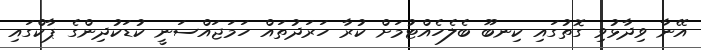
އޭނާ ވިދާޅުވި ގޮތުގައި ކިނބޫ ބެލެހެއްޓުމަށް ކުރާ ހަރަދުތައް ހަމަޖައްސަނީ ކުޑަކުދިންގެ ޕާކްގައި